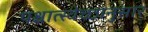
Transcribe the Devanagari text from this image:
पश्चात्स्वेच्छानुसार